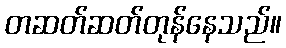
တဆတ်ဆတ်တုန်နေသည်။